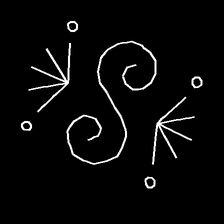
Glyph: aeroform